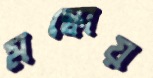
মস্কোয়